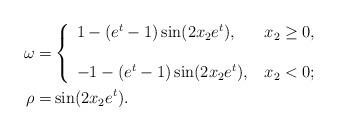
LaTeX: \begin{align*}\omega =& \left\{\begin{array}{ll}1- (e^t-1)\sin(2x_2 e^t), &\,x_2 \ge 0, \\ \\-1 -(e^t-1)\sin(2x_2 e^t) , & \,x_2 < 0;\end{array}\right.\\\rho =& \sin(2 x_2 e^t).\end{align*}